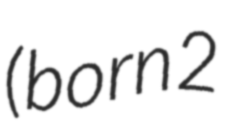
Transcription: (born 2